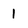
Character: 1